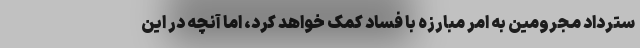
سترداد مجرومین به امر مبارزه با فساد کمک خواهد کرد، اما آنچه در این